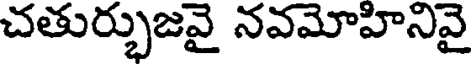
చతుర్భుజవై నవమోహినివై